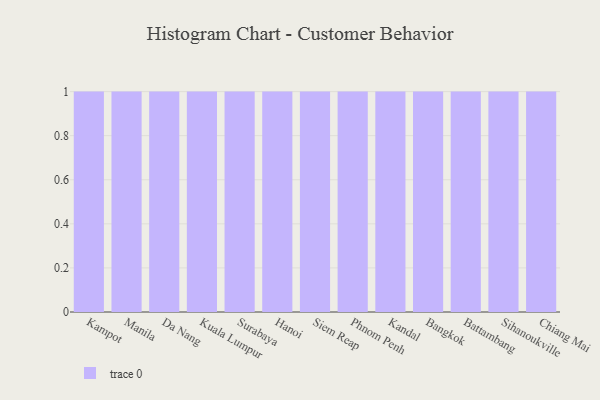
{"axis": {"x": "City", "y": "Demand Index"}, "legend": [""], "data": [{"x": "Kampot", "y": 20, "type": ""}, {"x": "Manila", "y": 72, "type": ""}, {"x": "Da Nang", "y": 92, "type": ""}, {"x": "Kuala Lumpur", "y": 95, "type": ""}, {"x": "Surabaya", "y": 10, "type": ""}, {"x": "Hanoi", "y": 75, "type": ""}, {"x": "Siem Reap", "y": 44, "type": ""}, {"x": "Phnom Penh", "y": 2, "type": ""}, {"x": "Kandal", "y": 82, "type": ""}, {"x": "Bangkok", "y": 47, "type": ""}, {"x": "Battambang", "y": 88, "type": ""}, {"x": "Sihanoukville", "y": 69, "type": ""}, {"x": "Chiang Mai", "y": 80, "type": ""}]}